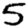
Digit: 5